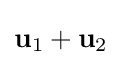
\mathbf {u} _{1}+\mathbf {u} _{2}